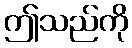
ဤသည်ကို